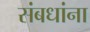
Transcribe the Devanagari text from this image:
संबधांना